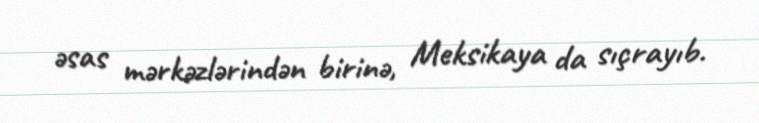
əsas mərkəzlərindən birinə, Meksikaya da sıçrayıb.